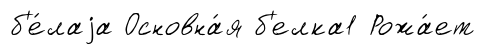
б'е́лаjа Основна́я б'елка1 Рожа́ет